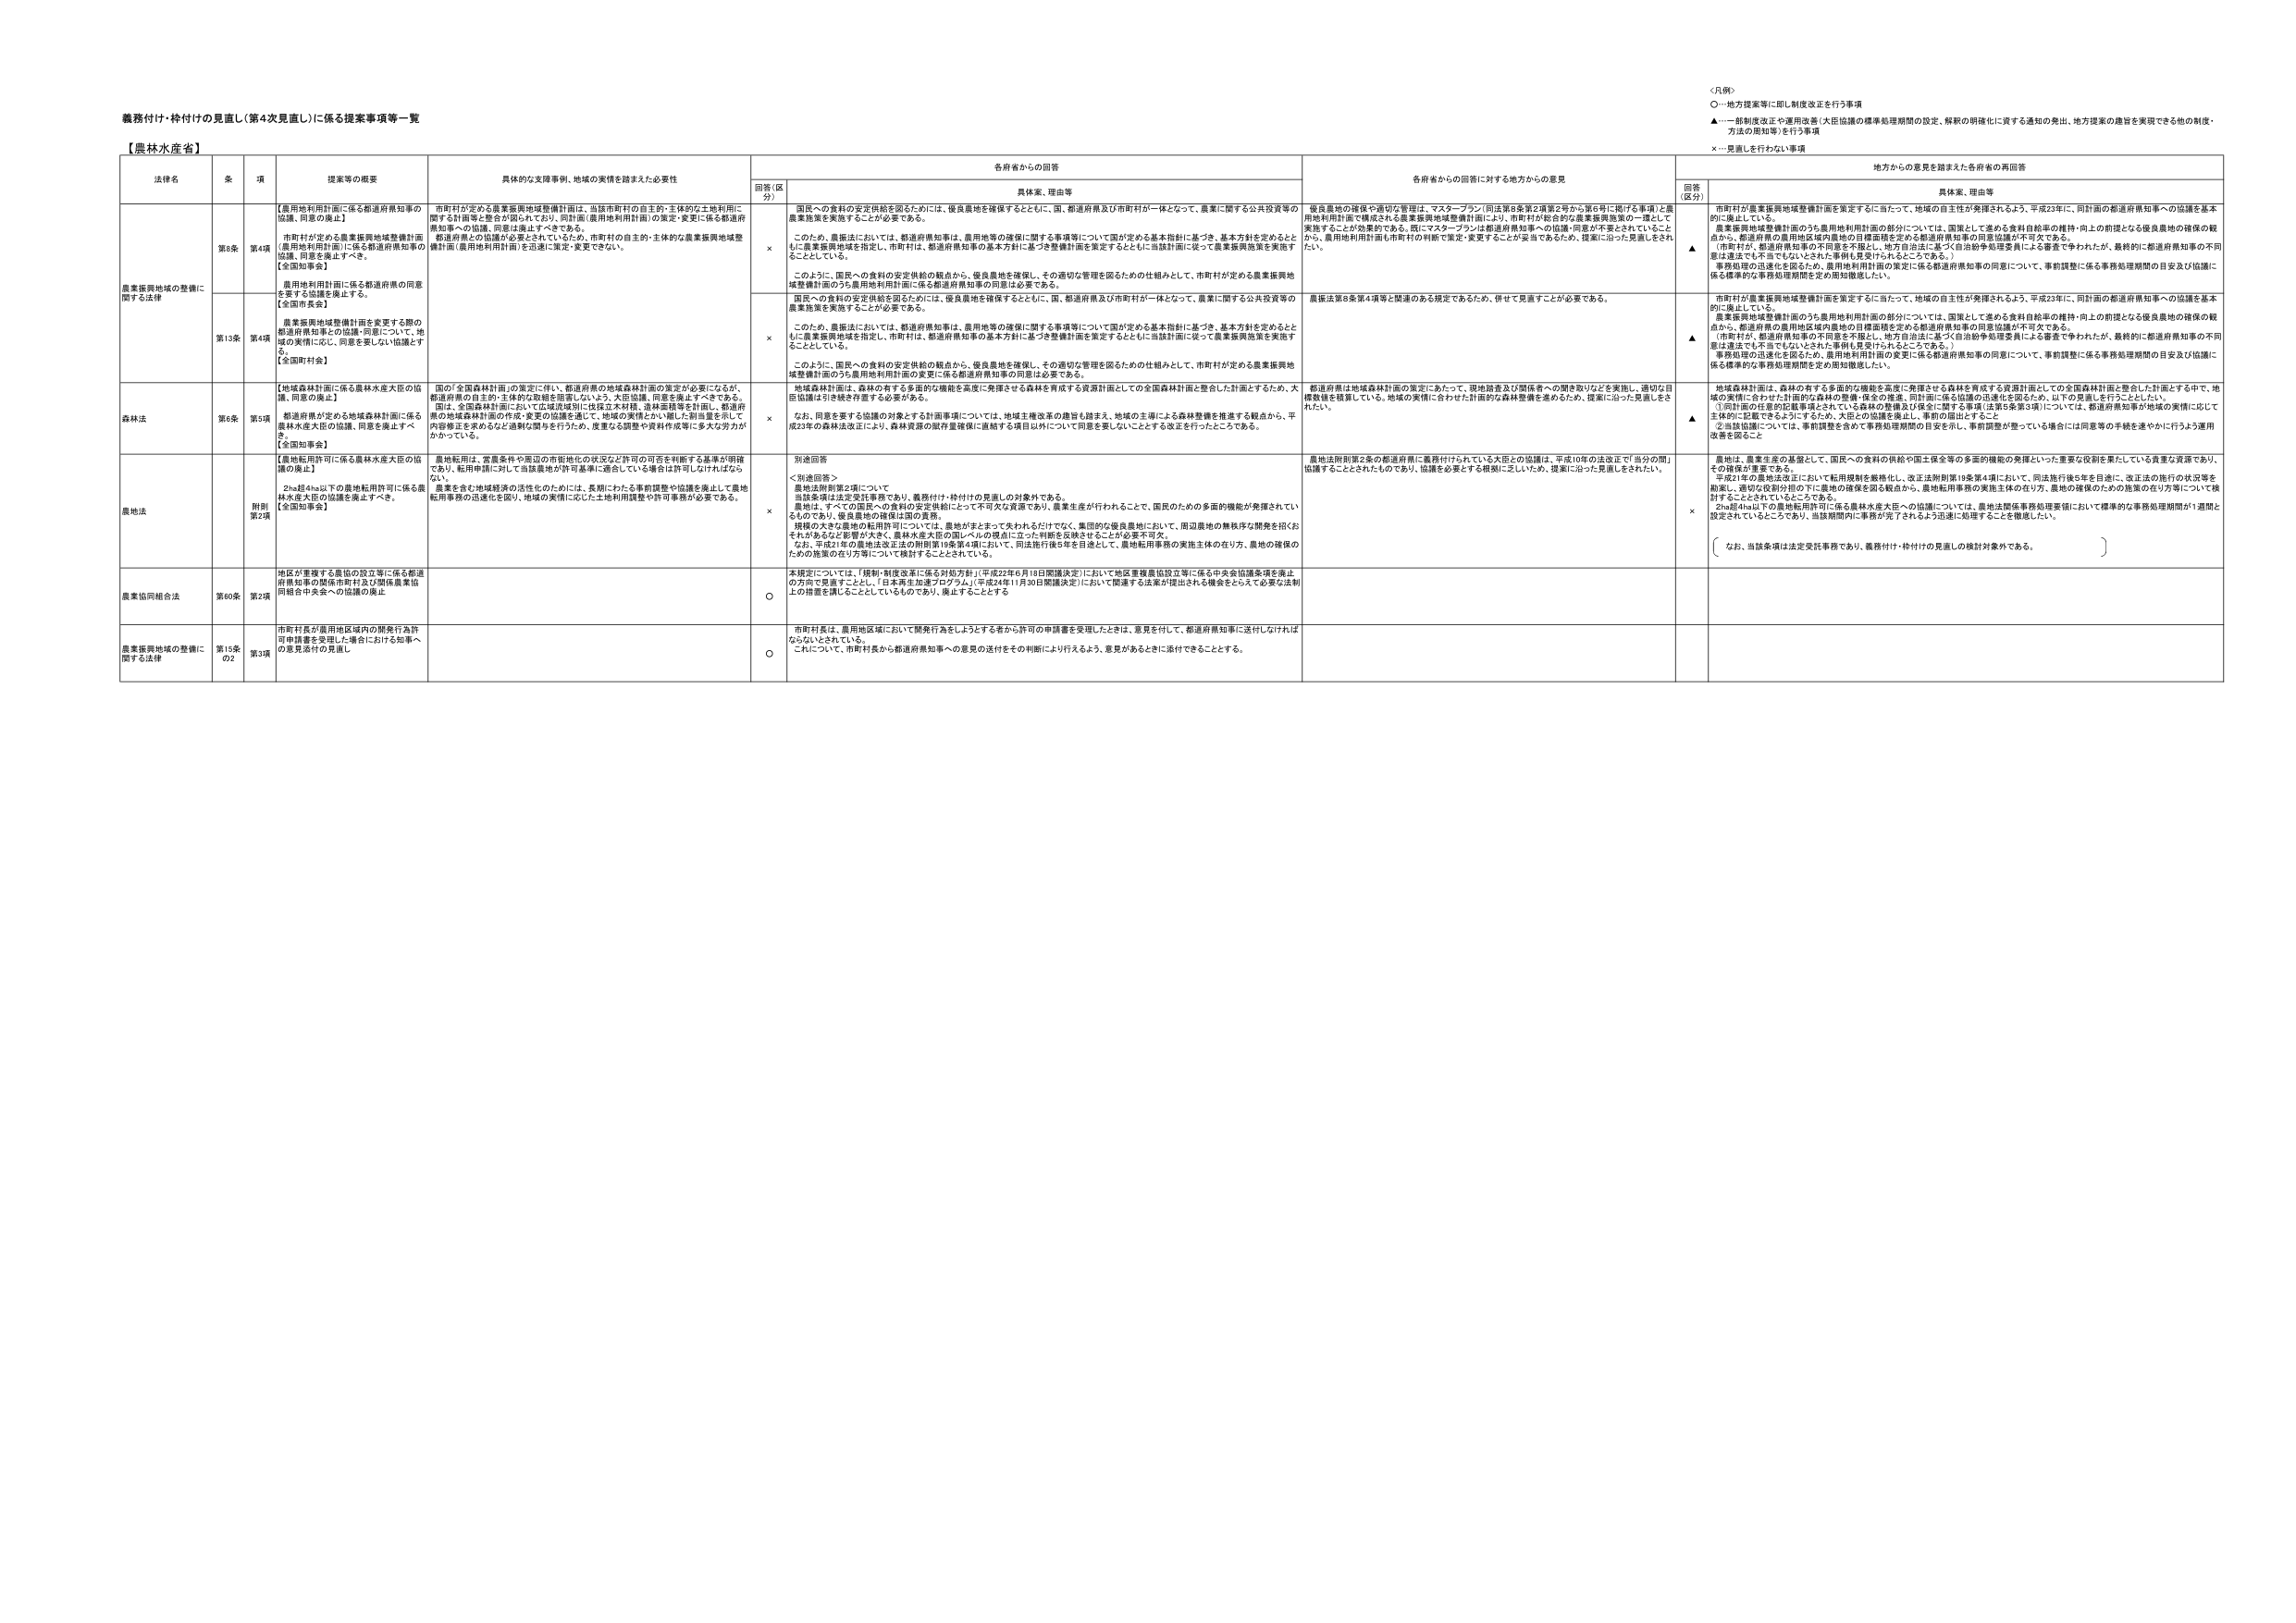
義務付け・枠付けの見直し（第4次見直し）に係る提案事項等一覧

【農林水産省】

＜凡例＞
○－地方提案等に即し制度改正を行う事項
▲－一部制度改正や運用改善（大臣協議の標準処理期間の設定、解釈の明確化に資する通知の発出、地方提案の趣旨を実現できる他の制度・方法の周知等）を行う事項
×－見直しを行わない事項

| 法律名 | 条 | 項 | 提案等の概要 | 具体的な支援事例、地域の実情を踏まえた必要性 | 各府省からの回答 | 各府省からの回答に対する地方からの意見 | 地方からの意見を踏まえた各府省の再回答 |
| :--- | :--- | :--- | :--- | :--- | :--- | :--- | :--- |
| | | | | | 回答（区分） | 具体案、理由等 | 回答（区分） | 具体案、理由等 |
| 農業振興地域の整備に関する法律 | 第8条 | 第4項 | 【農用地利用計画に係る都道府県知事の協議、同意の廃止】<br>市町村が定める農業振興地域整備計画（農用地利用計画）に係る都道府県知事の協議、同意を廃止すべき。<br>【全国知事会】<br>農用地利用計画に係る都道府県の同意を要する協議を廃止する。<br>【全国市長会】 | 市町村が定める農業振興地域整備計画は、当該市町村の自主的・主体的な土地利用に関する計画等と整合が図られており、同計画（農用地利用計画）の策定・変更に係る都道府県知事への協議、同意は廃止すべきである。<br>都道府県との協議が必要とされているため、市町村の自主的・主体的な農業振興地域整備計画（農用地利用計画）を迅速に策定・変更できない。 | × | 国民への食料の安定供給を図るためには、優良農地を確保するとともに、国、都道府県及び市町村が一体となって、農業に関する公共投資等の農業施策を実施することが必要である。<br>このため、農振法においては、都道府県知事は、農用地等の確保に関する事項等について国が定める基本指針に基づき、基本方針を定めるとともに農業振興地域を指定し、市町村は、都道府県知事の基本方針に基づき整備計画を策定するとともに当該計画に従って農業振興施策を実施することとしている。<br>このように、国民への食料の安定供給の観点から、優良農地を確保し、その適切な管理を図るための仕組みとして、市町村が定める農業振興地域整備計画のうち農用地利用計画に係る都道府県知事の同意は必要である。 | 優良農地の確保や適切な管理は、マスタープラン（同法第8条第2項第2号から第6号に掲げる事項）と農用地利用計画で構成される農業振興地域整備計画により、市町村が定める農業振興施策の一環として実施することが効果的である。既にマスタープランは都道府県知事への協議・同意が不要とされていることから、農用地利用計画も市町村の判断で策定・変更することが妥当であるため、提案に沿った見直しをされたい。 | ▲ | 市町村が農業振興地域整備計画を策定するに当たって、地域の自主性が発揮されるよう、平成23年に、同計画の都道府県知事への協議を基本的に廃止している。<br>農業振興地域整備計画のうち農用地利用計画の部分については、国策として進める食料自給率の維持・向上の前提となる優良農地の確保の観点から、都道府県の農用地区域内農地の目標面積を定める都道府県知事の同意協議が不可欠である。<br>（市町村が、都道府県知事の不同意を不服とし、地方自治法に基づく自治会議争訟提案による審査で争われたが、最終的に都道府県知事の不同意は違法でも不妥当でもないとされた事例も受けられるところである。）<br>事務処理の迅速化を図るため、農用地利用計画の変更に係る都道府県知事の同意について、事前調整に係る事務処理期間の目安及び協議に係る標準的な事務処理期間を定め周知徹底したい。 |
| | | | | | | | | |
| | | | | | | | | |
| 農業振興地域の整備に関する法律 | 第13条 | 第4項 | 農業振興地域整備計画を変更する際の都道府県知事との協議・同意について、地域の実情に応じ、同意を要しない協議とする。<br>【全国知事会】 | | × | 国民への食料の安定供給を図るためには、優良農地を確保するとともに、国、都道府県及び市町村が一体となって、農業に関する公共投資等の農業施策を実施することが必要である。<br>このため、農振法においては、都道府県知事は、農用地等の確保に関する事項等について国が定める基本指針に基づき、基本方針を定めるとともに農業振興地域を指定し、市町村は、都道府県知事の基本方針に基づき整備計画を策定するとともに当該計画に従って農業振興施策を実施することとしている。<br>このように、国民への食料の安定供給の観点から、優良農地を確保し、その適切な管理を図るための仕組みとして、市町村が定める農業振興地域整備計画のうち農用地利用計画の変更に係る都道府県知事の同意は必要である。 | 農振法第8条第4項等と関連のある規定であるため、併せて見直すことが必要である。 | ▲ | 市町村が農業振興地域整備計画を策定するに当たって、地域の自主性が発揮されるよう、平成23年に、同計画の都道府県知事への協議を基本的に廃止している。<br>農業振興地域整備計画のうち農用地利用計画の部分については、国策として進める食料自給率の維持・向上の前提となる優良農地の確保の観点から、都道府県の農用地区域内農地の目標面積を定める都道府県知事の同意協議が不可欠である。<br>（市町村が、都道府県知事の不同意を不服とし、地方自治法に基づく自治会議争訟提案による審査で争われたが、最終的に都道府県知事の不同意は違法でも不妥当でもないとされた事例も受けられるところである。）<br>事務処理の迅速化を図るため、農用地利用計画の変更に係る都道府県知事の同意について、事前調整に係る事務処理期間の目安及び協議に係る標準的な事務処理期間を定め周知徹底したい。 |
| 森林法 | 第6条 | 第5項 | 【地域森林計画に係る農林水産大臣の協議、同意の廃止】<br>都道府県が定める地域森林計画に係る農林水産大臣の協議、同意を廃止すべき。<br>【全国知事会】 | 国の「全国森林計画」の策定に伴い、都道府県の地域森林計画の策定が必要になるが、都道府県の自主的・主体的な取組を阻害しないよう、大臣協議、同意を廃止すべきである。<br>国は、全国森林計画において広域流域別に伐採立木材積、造林面積等を計画し、都道府県の地域森林計画の作成・変更の協議を通じて、地域の実情にかん視した制当量を示して内容修正を求めるなど適時に関与を行うため、変更なる調整や資料作成等に多大な労力がかかっている。 | × | 地域森林計画は、森林の有する多面的な機能を高度に発揮させる森林を育成する資源計画としての全国森林計画と整合した計画とするため、大臣協議は引き続き存置する必要がある。<br>なお、同意を要する協議の対象とする計画事項については、地域主権改革の趣旨も踏まえ、地域の主導による森林整備を推進する観点から、平成23年の森林法改正により、森林資源の国有地管理に連絡する項目以外について同意を要しないこととする改正を行ったところである。 | 都道府県は地域森林計画の策定にあたって、現地踏査及び関係者への聞き取りなどを実施し、適切な目標数値を積算している。地域の実情に合わせた計画的な森林整備を進めるため、提案に沿った見直しをされたい。 | ▲ | 地域森林計画は、森林の有する多面的な機能を高度に発揮させる森林を育成する資源計画としての全国森林計画と整合した計画とする中で、地域の実情に合わせた計画的な森林の整備・保全の推進、同計画に係る協議の迅速化を図るため、以下の見直しを行うこととしている。<br>①同計画の任意の記載事項とされている森林の整備及び保全に関する事項（法第5条第3項について）は、都道府県知事が地域の実情に応じて主体的に記載できるようにするため、大臣との協議を廃止し、事前の届出とすること<br>②当該協議については、事前調整を含めて事務処理期間の目安を示し、事前調整が整っている場合には同意等の手続きを速やかに行うよう運用改善を図ること |
| 農地法 | | 附則第2項 | 【農地転用許可に係る農林水産大臣の協議の廃止】<br>2ha超4ha以下の農地転用許可に係る農林水産大臣の協議を廃止すべき。<br>【全国知事会】 | 農地転用は、農業条件や周辺の市街地化の状況など許可の可否を判断する基準が明確であり、転用申請に対して当該農地が許可基準に適合している場合は許可しなければならない。<br>農業を含む地域経済の活性化のためには、長期にわたる事前調整や協議を廃止して農地転用事務の迅速化を図り、地域の実情に応じた土地利用調整や許可事務が必要である。 | × | 別途回答<br>＜別途回答＞<br>農地法附則第2項について<br>当該条項は法定受託事務であり、義務付け・枠付けの見直しの対象外である。<br>農地は、すべての国民への食料の安定供給にとって不可欠な資源であり、農業生産が行われることで、国民のための多面的機能が発揮されているものであり、優良農地の確保は国の責務。<br>規模の大きな農地の転用許可については、農地がまとまって失われるだけでなく、集団的な優良農地において、周辺農地の無秩序な開発を招くおそれがあるなど影響が大きく、農林水産大臣の国レベルの視点に立った判断を反映させることが必要不可欠。<br>なお、平成21年の農地法改正法の附則第19条第4項において、同法施行後5年を目途として、農地転用事務の実施主体の在り方、農地の確保のための施策の在り方等について検討することとされている。 | 農地法附則第2条の都道府県に義務付けられている大臣との協議は、平成16年の法改正で「当分の間」協議することとされたものであり、協議を必要とする根拠に乏しいため、提案に沿った見直しをされたい。 | × | 農地は、農業生産の基盤として、国民への食料の供給や国土保全等の多面的機能の発揮といった重要な役割を果たしている貴重な資源であり、その確保が重要である。<br>平成21年の農地法改正において転用規制を厳格化し、改正法附則第19条第4項において、同法施行後5年を目途に、改正法の施行の状況等を勘案し、適切な役割分担の下に農地の確保を図る観点から、農地転用事務の実施主体の在り方、農地の確保のための施策の在り方等について検討することとされているところである。<br>2ha超4ha以下の農地転用許可に係る農林水産大臣への協議については、農地法関係事務処理要領において標準的な事務処理期間が1週間と設定されていること等により、当該期間内に事務が完了されるよう迅速に処理することを徹底したい。<br>〔　なお、当該条項は法定受託事務であり、義務付け・枠付けの見直しの検討対象外である。　〕 |
| 農業協同組合法 | 第60条 | 第2項 | 地区が重複する農協の設立等に係る都道府県知事の関係市町村及び関係農業協同組合中央会への協議の廃止 | | ○ | 本規定については、「規制・制度改革に係る対処方針」（平成22年6月18日閣議決定）において地区重複農協設立等に係る中央会協議条項を廃止の方向で見直すこととし、「日本再生加速プログラム」（平成24年11月30日閣議決定）において関連する法案が提出される機会をとらえて必要な法制上の措置を講じることとしているものであり、廃止することとする | | | |
| 農業振興地域の整備に関する法律 | 第15条の2 | 第3項 | 市町村長が農用地区域内の開発行為許可申請書を受理した場合における知事への意見添付の見直し | | ○ | 市町村長は、農用地区域内において開発行為をしようとする者から許可の申請書を受理したときは、意見を付して、都道府県知事に送付しなければならないとされている。<br>これについて、市町村長から都道府県知事への意見の送付をその判断により行えるよう、意見があるときに添付できることとする。 | | | |